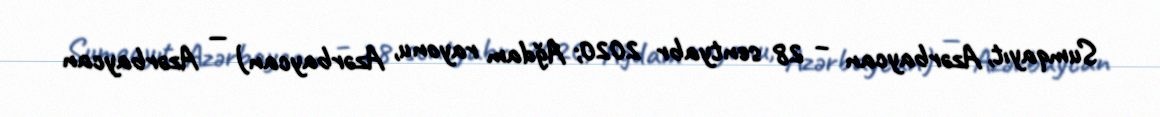
Sumqayıt, Azərbaycan – 28 sentyabr 2020; Ağdam rayonu, Azərbaycan) — Azərbaycan